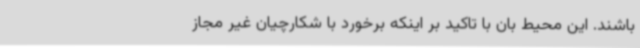
باشند. این محیط بان با تاکید بر اینکه برخورد با شکارچیان غیر مجاز